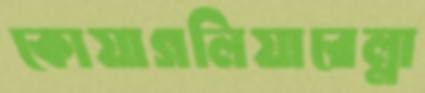
কোয়াগলিয়ারেল্লা